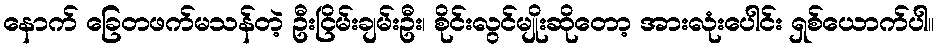
နောက် ခြေတဖက်မသန်တဲ့ ဦးငြိမ်းချမ်းဦး၊ စိုင်းလွင်မျိုးဆိုတော့ အားလုံးပေါင်း ရှစ်ယောက်ပါ။